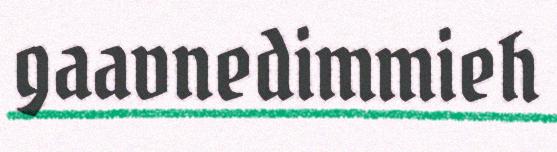
gaavnedimmieh